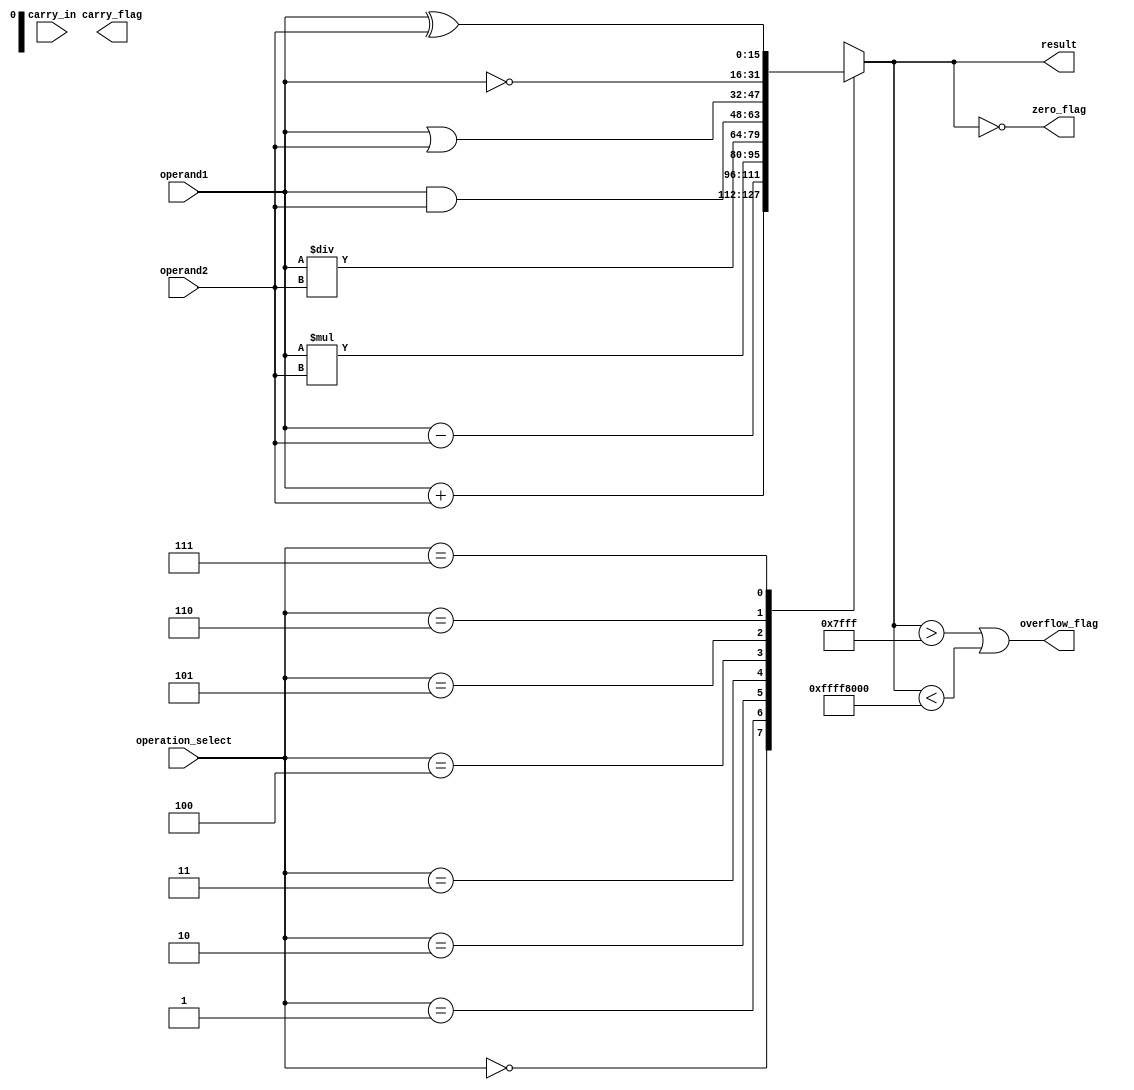
module ALU_16bit (
    input [15:0] operand1,
    input [15:0] operand2,
    input [2:0] operation_select,
    input carry_in,
    output [15:0] result,
    output overflow_flag,
    output carry_flag,
    output zero_flag
);

reg [15:0] result_reg;
reg overflow_flag_reg;
reg carry_flag_reg;
reg zero_flag_reg;

always @ (operand1, operand2, operation_select)
begin
    case(operation_select)
        3'b000: result_reg = operand1 + operand2; // addition
        3'b001: result_reg = operand1 - operand2; // subtraction
        3'b010: result_reg = operand1 * operand2; // multiplication
        3'b011: result_reg = operand1 / operand2; // division
        3'b100: result_reg = operand1 & operand2; // AND
        3'b101: result_reg = operand1 | operand2; // OR
        3'b110: result_reg = ~operand1; // NOT
        3'b111: result_reg = operand1 ^ operand2; // XOR
    endcase
    
    overflow_flag_reg = (result_reg > 32767) || (result_reg < -32768);
    carry_flag_reg = (result_reg[16] == 1);
    zero_flag_reg = (result_reg == 0);
end

assign result = result_reg;
assign overflow_flag = overflow_flag_reg;
assign carry_flag = carry_flag_reg;
assign zero_flag = zero_flag_reg;

endmodule